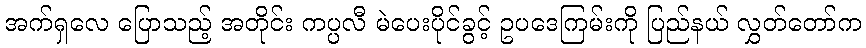
အက်ရှလေ ပြောသည့် အတိုင်း ကပ္ပလီ မဲပေးပိုင်ခွင့် ဥပဒေကြမ်းကို ပြည်နယ် လွှတ်တော်က